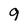
Character: 9